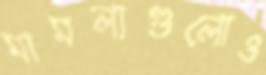
মামলাগুলোও